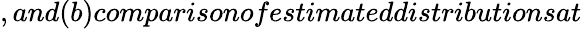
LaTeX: ,and(b)comparisonofestimateddistributionsat